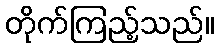
တိုက်ကြည့်သည်။